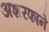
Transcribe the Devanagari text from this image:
अशरफाने